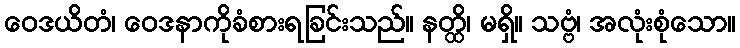
ဝေဒယိတံ၊ ဝေဒနာကိုခံစားရခြင်းသည်။ နတ္ထိ၊ မရှိ။ သဗ္ဗံ၊ အလုံးစုံသော။